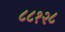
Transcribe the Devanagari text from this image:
८८१२८